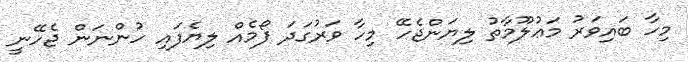
މިހާ ބައިވަރު މަޢުލޫމާތު ލިޔަންޖެހޭ މިހާ ވަރުގަދަ ފޯމެއް ލިޔެފައި ހުންނަން ޖެހޭނީ